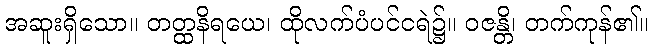
အဆူးရှိသော။ တတ္ထနိရယေ၊ ထိုလက်ပံပင်ငရဲ၌။ ဝဇန္တိ၊ တက်ကုန်၏။